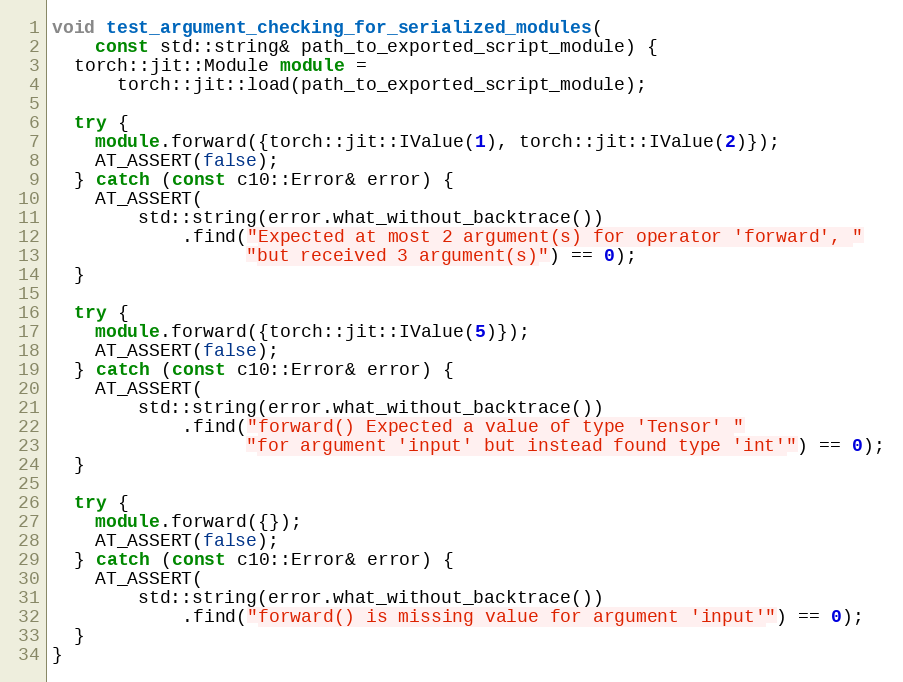
Language: C++
void test_argument_checking_for_serialized_modules(
    const std::string& path_to_exported_script_module) {
  torch::jit::Module module =
      torch::jit::load(path_to_exported_script_module);

  try {
    module.forward({torch::jit::IValue(1), torch::jit::IValue(2)});
    AT_ASSERT(false);
  } catch (const c10::Error& error) {
    AT_ASSERT(
        std::string(error.what_without_backtrace())
            .find("Expected at most 2 argument(s) for operator 'forward', "
                  "but received 3 argument(s)") == 0);
  }

  try {
    module.forward({torch::jit::IValue(5)});
    AT_ASSERT(false);
  } catch (const c10::Error& error) {
    AT_ASSERT(
        std::string(error.what_without_backtrace())
            .find("forward() Expected a value of type 'Tensor' "
                  "for argument 'input' but instead found type 'int'") == 0);
  }

  try {
    module.forward({});
    AT_ASSERT(false);
  } catch (const c10::Error& error) {
    AT_ASSERT(
        std::string(error.what_without_backtrace())
            .find("forward() is missing value for argument 'input'") == 0);
  }
}